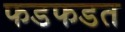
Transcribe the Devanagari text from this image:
फडफडत